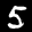
Label: 5